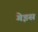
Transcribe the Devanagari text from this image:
गेइस